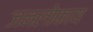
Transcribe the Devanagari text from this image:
जनलोकाय